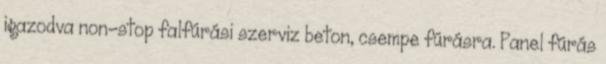
igazodva non-stop falfúrási szerviz beton, csempe fúrásra. Panel fúrás